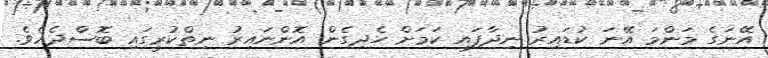
އޭނަގެ މަންމަ އޭނަ ކުޑައިރު ނިދާފައި ކަމަށް ހެދިގެން އޮންނައިރު ނިތްކުރީގައި ބޮސްދެއެވެ.